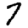
Digit: 7